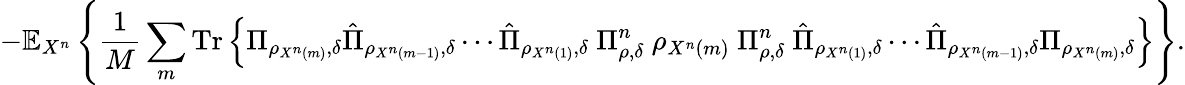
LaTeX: -\mathbb{E}_{X^{n}}\left\{ {\frac{1}{M}}\sum_{m}{\mathrm{Tr}}\left\{ \Pi_{\rho_{X^{n}\left(m\right)},\delta}{\hat{\Pi}}_{\rho_{X^{n}\left(m-1\right)},\delta}\cdots{\hat{\Pi}}_{\rho_{X^{n}\left(1\right)},\delta}\ \Pi_{\rho,\delta}^{n}\ \rho_{X^{n}\left(m\right)}\ \Pi_{\rho,\delta}^{n}\ {\hat{\Pi}}_{\rho_{X^{n}\left(1\right)},\delta}\cdots{\hat{\Pi}}_{\rho_{X^{n}\left(m-1\right)},\delta}\Pi_{\rho_{X^{n}\left(m\right)},\delta}\right\} \right\} .